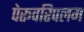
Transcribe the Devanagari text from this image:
पेरूवरिपलम